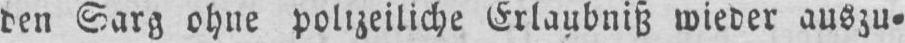
den Sarg ohne polizeiliche Erlaubniß wieder auszu⸗